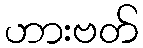
ဟားဗတ်